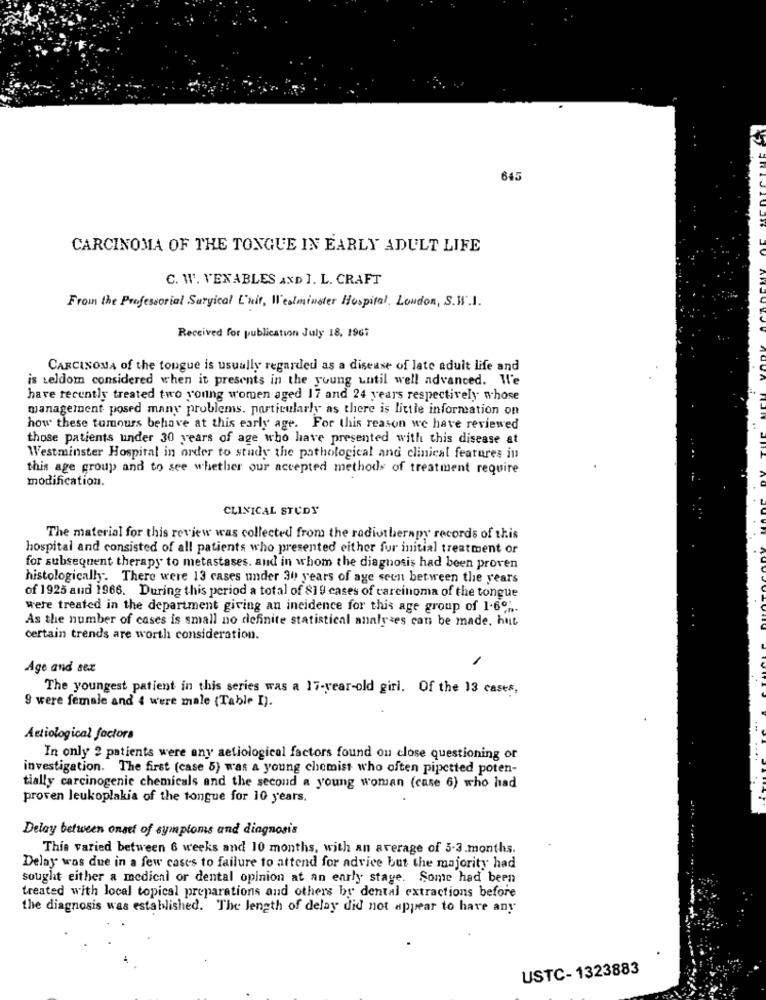
645
CARCINOMA OF THE TONGUE IN EARLY ADULT LIFE
C. W. VENABLES AND I. L. CRAFT
From the Professorial Surgical L'nit, Westminster Hospital, London, S.W.I.
Received for publication July 18, 1967
CARCINOMA of the tongue is usually regarded as a disease of late adult life and
is seldom considered when it presents in the young until well advanced. We
have recently treated two young women aged 17 and 24 years respectively whose
management posed many problems. particularly as there is little information on
how these tumours behave at this early age. For this reason we have reviewed
those patients under 30 years of age who have presented with this disease at
Westminster Hospital in order to study the pathological and clinical features in
this age group and to see whether our accepted methods of treatment require
modification.
CLINICAL STUDY
The material for this review was collected from the radiotherapy records of this
hospital and consisted of all patients who presented either fur initial treatment or
for subsequent therapy to metastases, and in whom the diagnosis had been proven
histologically. There were 13 cases under 30 years of age seen between the years
of 1925 and 1966. During this period a total of 819 cases of carcinoma of the tongue
were treated in the department giving an incidence for this age group of 1.6%.
As the number of cases is small no definite statistical analyzes can be made, hat
certain trends are worth consideration.
1
Age and sex
The youngest patient in this series was a 17-year-old girl. Of the 13 cases,
9 were female and 4 were male (Table I).
Actiological factors
In only ? patients were any aetiological factors found on close questioning or
investigation. The first (case 5) was a young chemist who often pipetted poten-
tially carcinogenic chemicals and the second a young woman (case 6) who had
proven leukoplakia of the tongue for 10 years.
Delay between onset of symptoms and diagnosis
This varied between 6 weeks and 10 months, with an average of 3-3.months.
Delay was due in a few cases to failure to attend for advice but the majority had
sought either a medical or dental opinion at an early stage. Some had been
treated with local topical preparations and others by dental extractions before
the diagnosis was established. The length of delay did not appear to have any
USTC-1323883